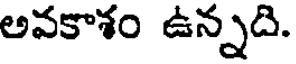
అవకాశం ఉన్నది.